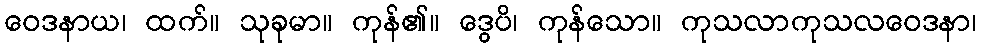
ဝေဒနာယ၊ ထက်။ သုခုမာ။ ကုန်၏။ ဒွေပိ၊ ကုန်သော။ ကုသလာကုသလဝေဒနာ၊